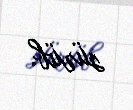
sürüb.